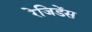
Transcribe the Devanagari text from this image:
रेजिडेंस